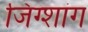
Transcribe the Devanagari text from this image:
जिंग्शांग